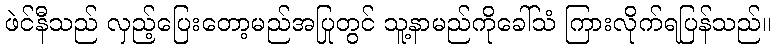
ဖဲင်နီသည် လှည့်ပြေးတော့မည်အပြုတွင် သူ့နာမည်ကိုခေါ်သံ ကြားလိုက်ရပြန်သည်။